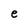
Character: e